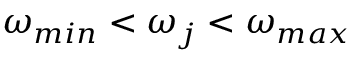
\omega _ { m i n } < \omega _ { j } < \omega _ { m a x }